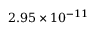
2 . 9 5 \times 1 0 ^ { - 1 1 }